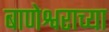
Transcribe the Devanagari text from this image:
बाणेश्वराच्या